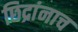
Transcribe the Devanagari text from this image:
छिद्रांनाच